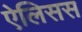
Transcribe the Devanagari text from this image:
ऐलिसस